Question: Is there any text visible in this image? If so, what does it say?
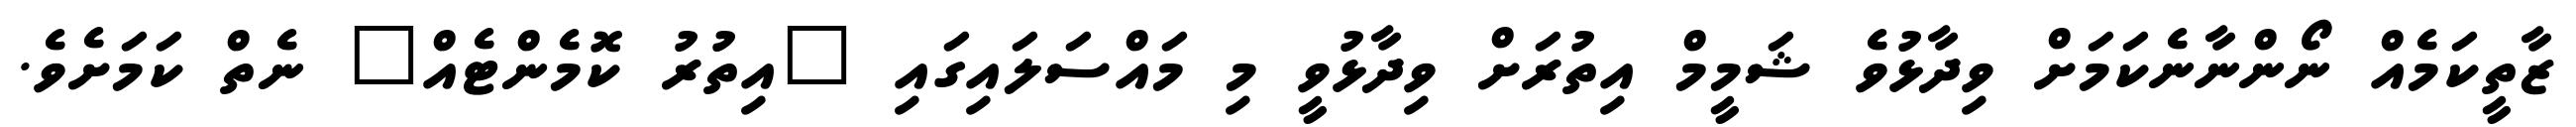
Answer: ޒާތީކަމެއް ނޯންނާނެކަމަށް ވިދާޅުވެ ޝަމީމް އިތުރަށް ވިދާޅުވީ މި މައްސަލައިގައި "އިތުރު ކޮމެންޓެއް" ނެތް ކަމަށެވެ.